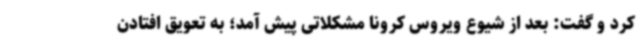
کرد و گفت: بعد از شیوع ویروس کرونا مشکلاتی پیش آمد؛ به تعویق افتادن